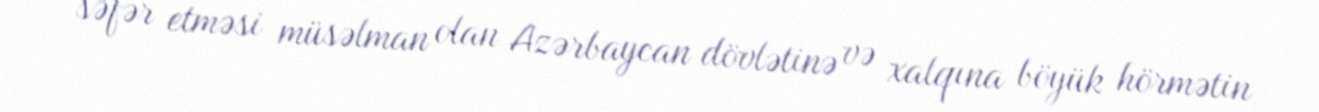
səfər etməsi müsəlman olan Azərbaycan dövlətinə və xalqına böyük hörmətin